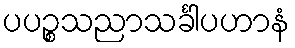
ပပဉ္စသညာသင်္ခါပဟာနံ